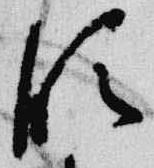
段